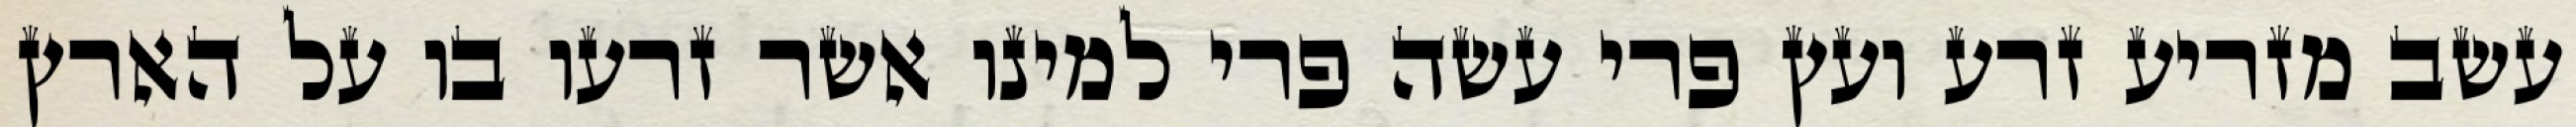
עשב מזריע זרע ועץ פרי עשה פרי למינו אשר זרעו בו על הארץ